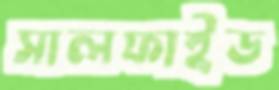
সালফাইড